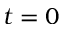
t = 0